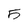
Character: 5